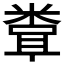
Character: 𬖧